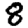
Digit: 8